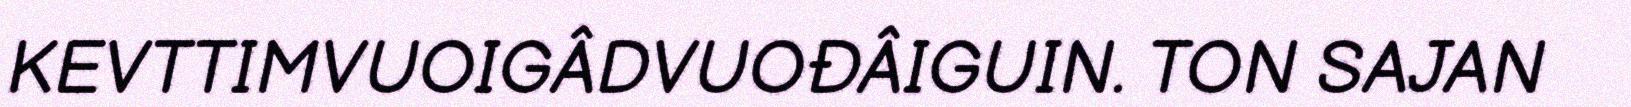
KEVTTIMVUOIGÂDVUOĐÂIGUIN. TON SAJAN